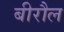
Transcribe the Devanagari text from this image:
बीरौल